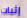
إثبات